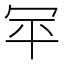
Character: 𰃯